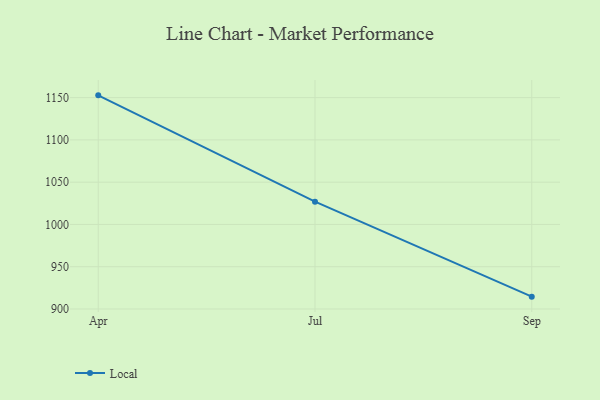
{"axis": {"x": "Month", "y": "Active Users"}, "legend": ["Local"], "data": [{"x": "Apr", "y": 1152.7, "type": "Local"}, {"x": "Jul", "y": 1026.9, "type": "Local"}, {"x": "Sep", "y": 914.6, "type": "Local"}]}